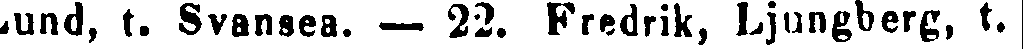
Lund, t. Svansea. — 22. Fredrik, Ljungberg, t.